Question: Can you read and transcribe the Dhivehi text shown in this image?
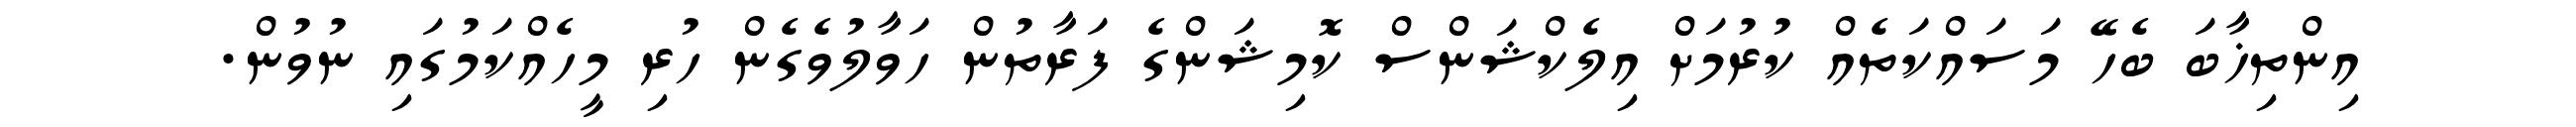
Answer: އިންތިޚާބަ ބެހޭ މަސައްކަތެއް ކުރުމަށް އިލެކްޝަންސް ކޮމިޝަންގެ ފަރާތުން ހަވާލުވެގެން ހުރި މީހެއްކަމުގައި ނުވުން.